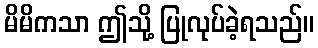
မိမိကသာ ဤသို့ ပြုလုပ်ခဲ့ရသည်။